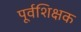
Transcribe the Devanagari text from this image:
पूर्वशिक्षक